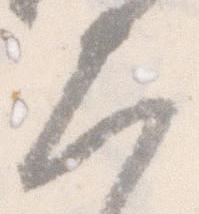
大